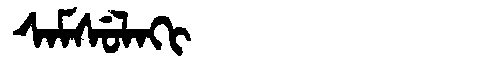
Manchu: ᠰᠠᠮᠰᡠᠯᠠᡴᡳ
Romanization: SAMSULAKI